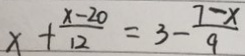
x + \frac { x - 2 0 } { 1 2 } = 3 - \frac { 7 - x } { 9 }